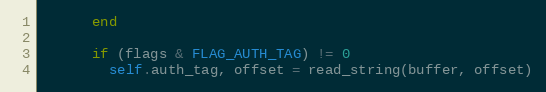
Language: Ruby
      end

      if (flags & FLAG_AUTH_TAG) != 0
        self.auth_tag, offset = read_string(buffer, offset)